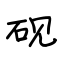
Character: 砚